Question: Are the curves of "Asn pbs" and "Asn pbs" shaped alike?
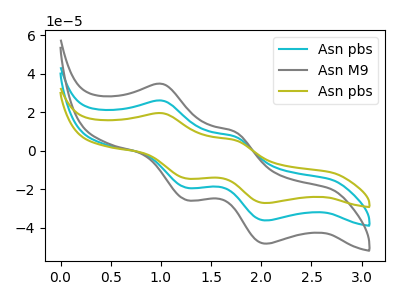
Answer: <think>The cyan curve "Asn pbs" has anodic peaks at (1.00V, 26.00uA) (1.75V, 7.35uA) and cathodic peaks at (1.25V, -19.10uA) (2.05V, -36.10uA). The gray curve "Asn M9" has anodic peaks at (1.00V, 52.00uA) (1.75V, 14.75uA) and cathodic peaks at (1.25V, -38.25uA) (2.05V, -72.20uA). The olive curve "Asn pbs" has anodic peaks at (1.00V, 19.50uA) (1.75V, 5.55uA) and cathodic peaks at (1.25V, -14.35uA) (2.05V, -27.10uA).
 All the peaks in "Asn pbs" have a peak in "Asn pbs" at the same potential. Every peak in "Asn pbs" is lower than every peak in "Asn pbs".</think>
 <answer>"Asn pbs" and "Asn pbs" are similar in shape.</answer>
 <eval>same_shape</eval>